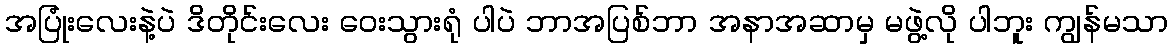
အပြုံးလေးနဲ့ပဲ ဒိတိုင်းလေး ဝေးသွားရုံ ပါပဲ ဘာအပြစ်ဘာ အနာအဆာမှ မဖွဲ့လို ပါဘူး ကျွန်မသာ